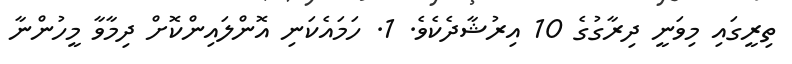
ތިރީގައި މިވަނީ ދިރާގުގެ 10 އިރުޝާދެކެވެ. 1. ހަމައެކަނި އޮންލައިންކޮށް ދިމާވާ މީހުންނާ